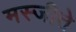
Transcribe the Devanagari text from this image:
मस्जीते